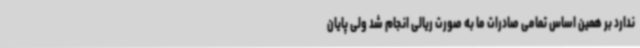
ندارد بر همین اساس تمامی صادرات ما به صورت ریالی انجام شد ولی پایان